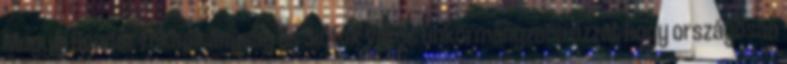
Megyei Rendőr-főkapitányság és Siófok Város Önkormányzata azzal, hogy országosan